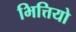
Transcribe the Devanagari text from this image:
भित्तियो